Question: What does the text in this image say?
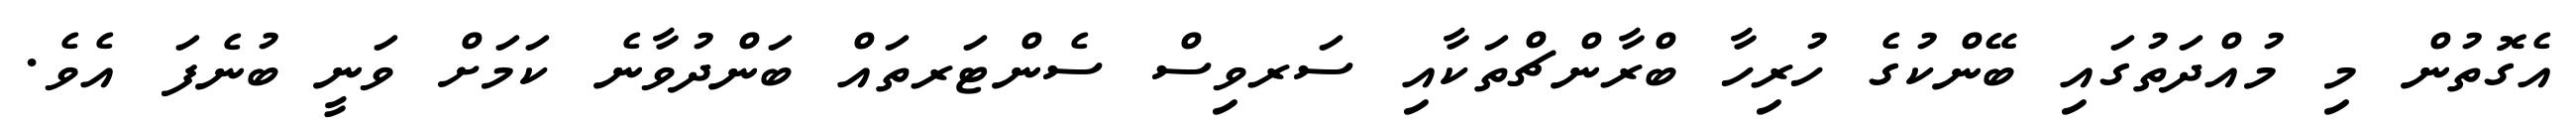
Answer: އެގޮތުން މި މުއްދަތުގައި ބޭންކުގެ ހުރިހާ ބްރާންޗްތަކާއި ސަރވިސް ސެންޓަރތައް ބަންދުވާނެ ކަމަށް ވަނީ ބުނެފަ އެވެ.